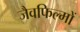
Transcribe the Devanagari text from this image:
जैवफिल्मों